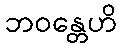
ဘဝန္တေဟိ